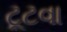
ટૂટવા